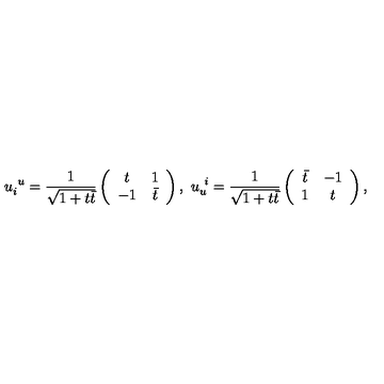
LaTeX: u _ { i } ^ { \ u } = \frac { 1 } { \sqrt { 1 + t \bar { t } } } \left( \begin{array} { c c } { t } & { 1 } \\ { - 1 } & { \bar { t } } \\ \end{array} \right) , \ u _ { u } ^ { \ i } = \frac { 1 } { \sqrt { 1 + t \bar { t } } } \left( \begin{array} { c c } { \bar { t } } & { - 1 } \\ { 1 } & { t } \\ \end{array} \right) ,